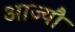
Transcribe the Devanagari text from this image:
आज्यौ